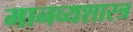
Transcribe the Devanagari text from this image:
मानव्यशास्त्र